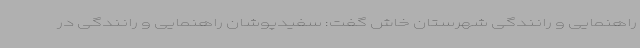
راهنمایی و رانندگی شهرستان خاش گفت: سفیدپوشان راهنمایی و رانندگی در